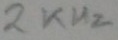
Text: 2KHz